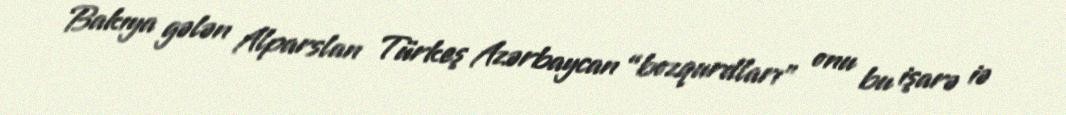
Bakıya gələn Alparslan Türkeş Azərbaycan “bozqurdları” onu bu işarə iə